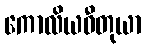
ကောလိယဓီတုယာ